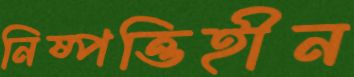
নিষ্পত্তিহীন